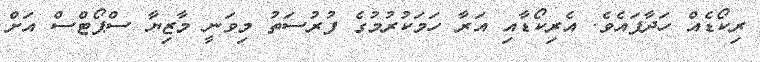
ރިކޯޑެއް ހަދާފައެވެ. އެރިކޯޑާއި އަރާ ހަމަކުރުމުގެ ފުރުސަތު މިވަނީ މާޒިޔާ ސްޕޯޓްސް އަށް